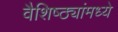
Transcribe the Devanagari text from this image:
वैशिष्ठ्यांमध्ये